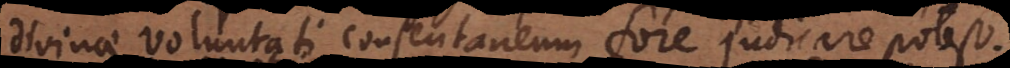
divinae voluntati consentaneum fore judicare potest.